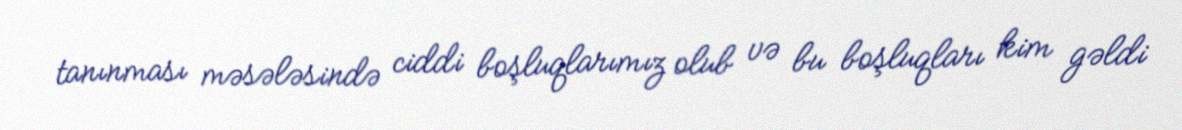
tanınması məsələsində ciddi boşluqlarımız olub və bu boşluqları kim gəldi